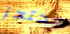
محتجز